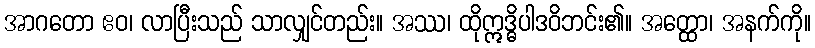
အာဂတော ဧဝ၊ လာပြီးသည် သာလျှင်တည်း။ အဿ၊ ထိုဣဒ္ဓိပါဒဝိဘင်း၏။ အတ္ထော၊ အနက်ကို။